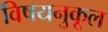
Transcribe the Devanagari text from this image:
विषयनुकूल